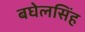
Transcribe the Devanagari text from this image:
बघेलसिंह